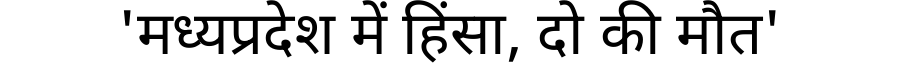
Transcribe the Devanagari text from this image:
'मध्यप्रदेश में हिंसा, दो की मौत'